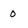
Character: 0